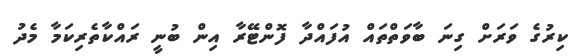
ކިރުގެ ވަރަށް ގިނަ ބާވަތްތައް އުފައްދާ ފޮންޓޭރާ އިން ބުނީ ރައްކާތެރިކަމާ މެދު